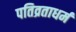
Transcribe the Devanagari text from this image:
पतिव्रताधर्म